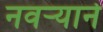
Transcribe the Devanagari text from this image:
नवर्‍याने